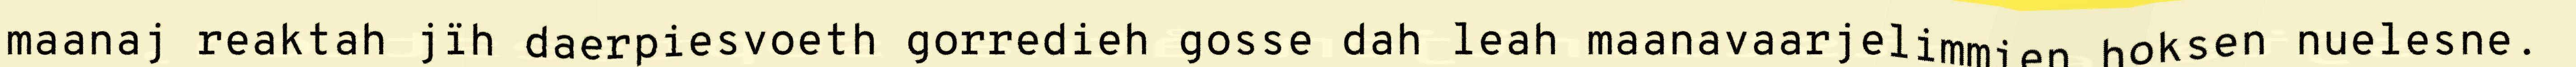
maanaj reaktah jïh daerpiesvoeth gorredieh gosse dah leah maanavaarjelimmien hoksen nuelesne.